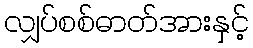
လျှပ်စစ်ဓာတ်အားနှင့်